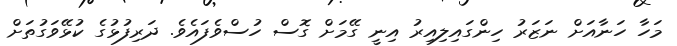
މަހާ ހަނާއަށް ނަޒަރު ހިންގައިލިއިރު އިނީ ގޭމަށް ގޮސް ހުސްވެފައެވެ. ދަރިފުޅުގެ ކުޅޭވަގުތަށް